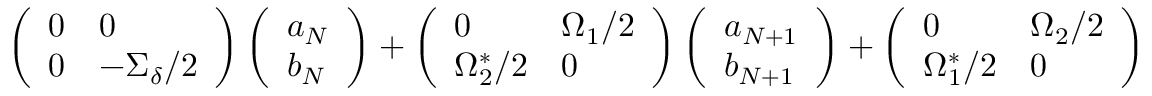
\begin{array} { r } { \left( \begin{array} { l l } { 0 } & { 0 } \\ { 0 } & { - \Sigma _ { \delta } / 2 } \end{array} \right) \left( \begin{array} { l } { a _ { N } } \\ { b _ { N } } \end{array} \right) + \left( \begin{array} { l l } { 0 } & { \Omega _ { 1 } / 2 } \\ { \Omega _ { 2 } ^ { * } / 2 } & { 0 } \end{array} \right) \left( \begin{array} { l } { a _ { N + 1 } } \\ { b _ { N + 1 } } \end{array} \right) + \left( \begin{array} { l l } { 0 } & { \Omega _ { 2 } / 2 } \\ { \Omega _ { 1 } ^ { * } / 2 } & { 0 } \end{array} \right) \left( \begin{array} { l } { a _ { N - 1 } } \\ { b _ { N - 1 } } \end{array} \right) = \left( \epsilon + N \hbar \omega _ { F } \right) \left( \begin{array} { l } { a _ { N } } \\ { b _ { N } } \end{array} \right) } \end{array}